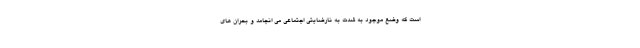
است که وضع موجود به شدت به نارضایتی اجتماعی می انجامد و بحران های